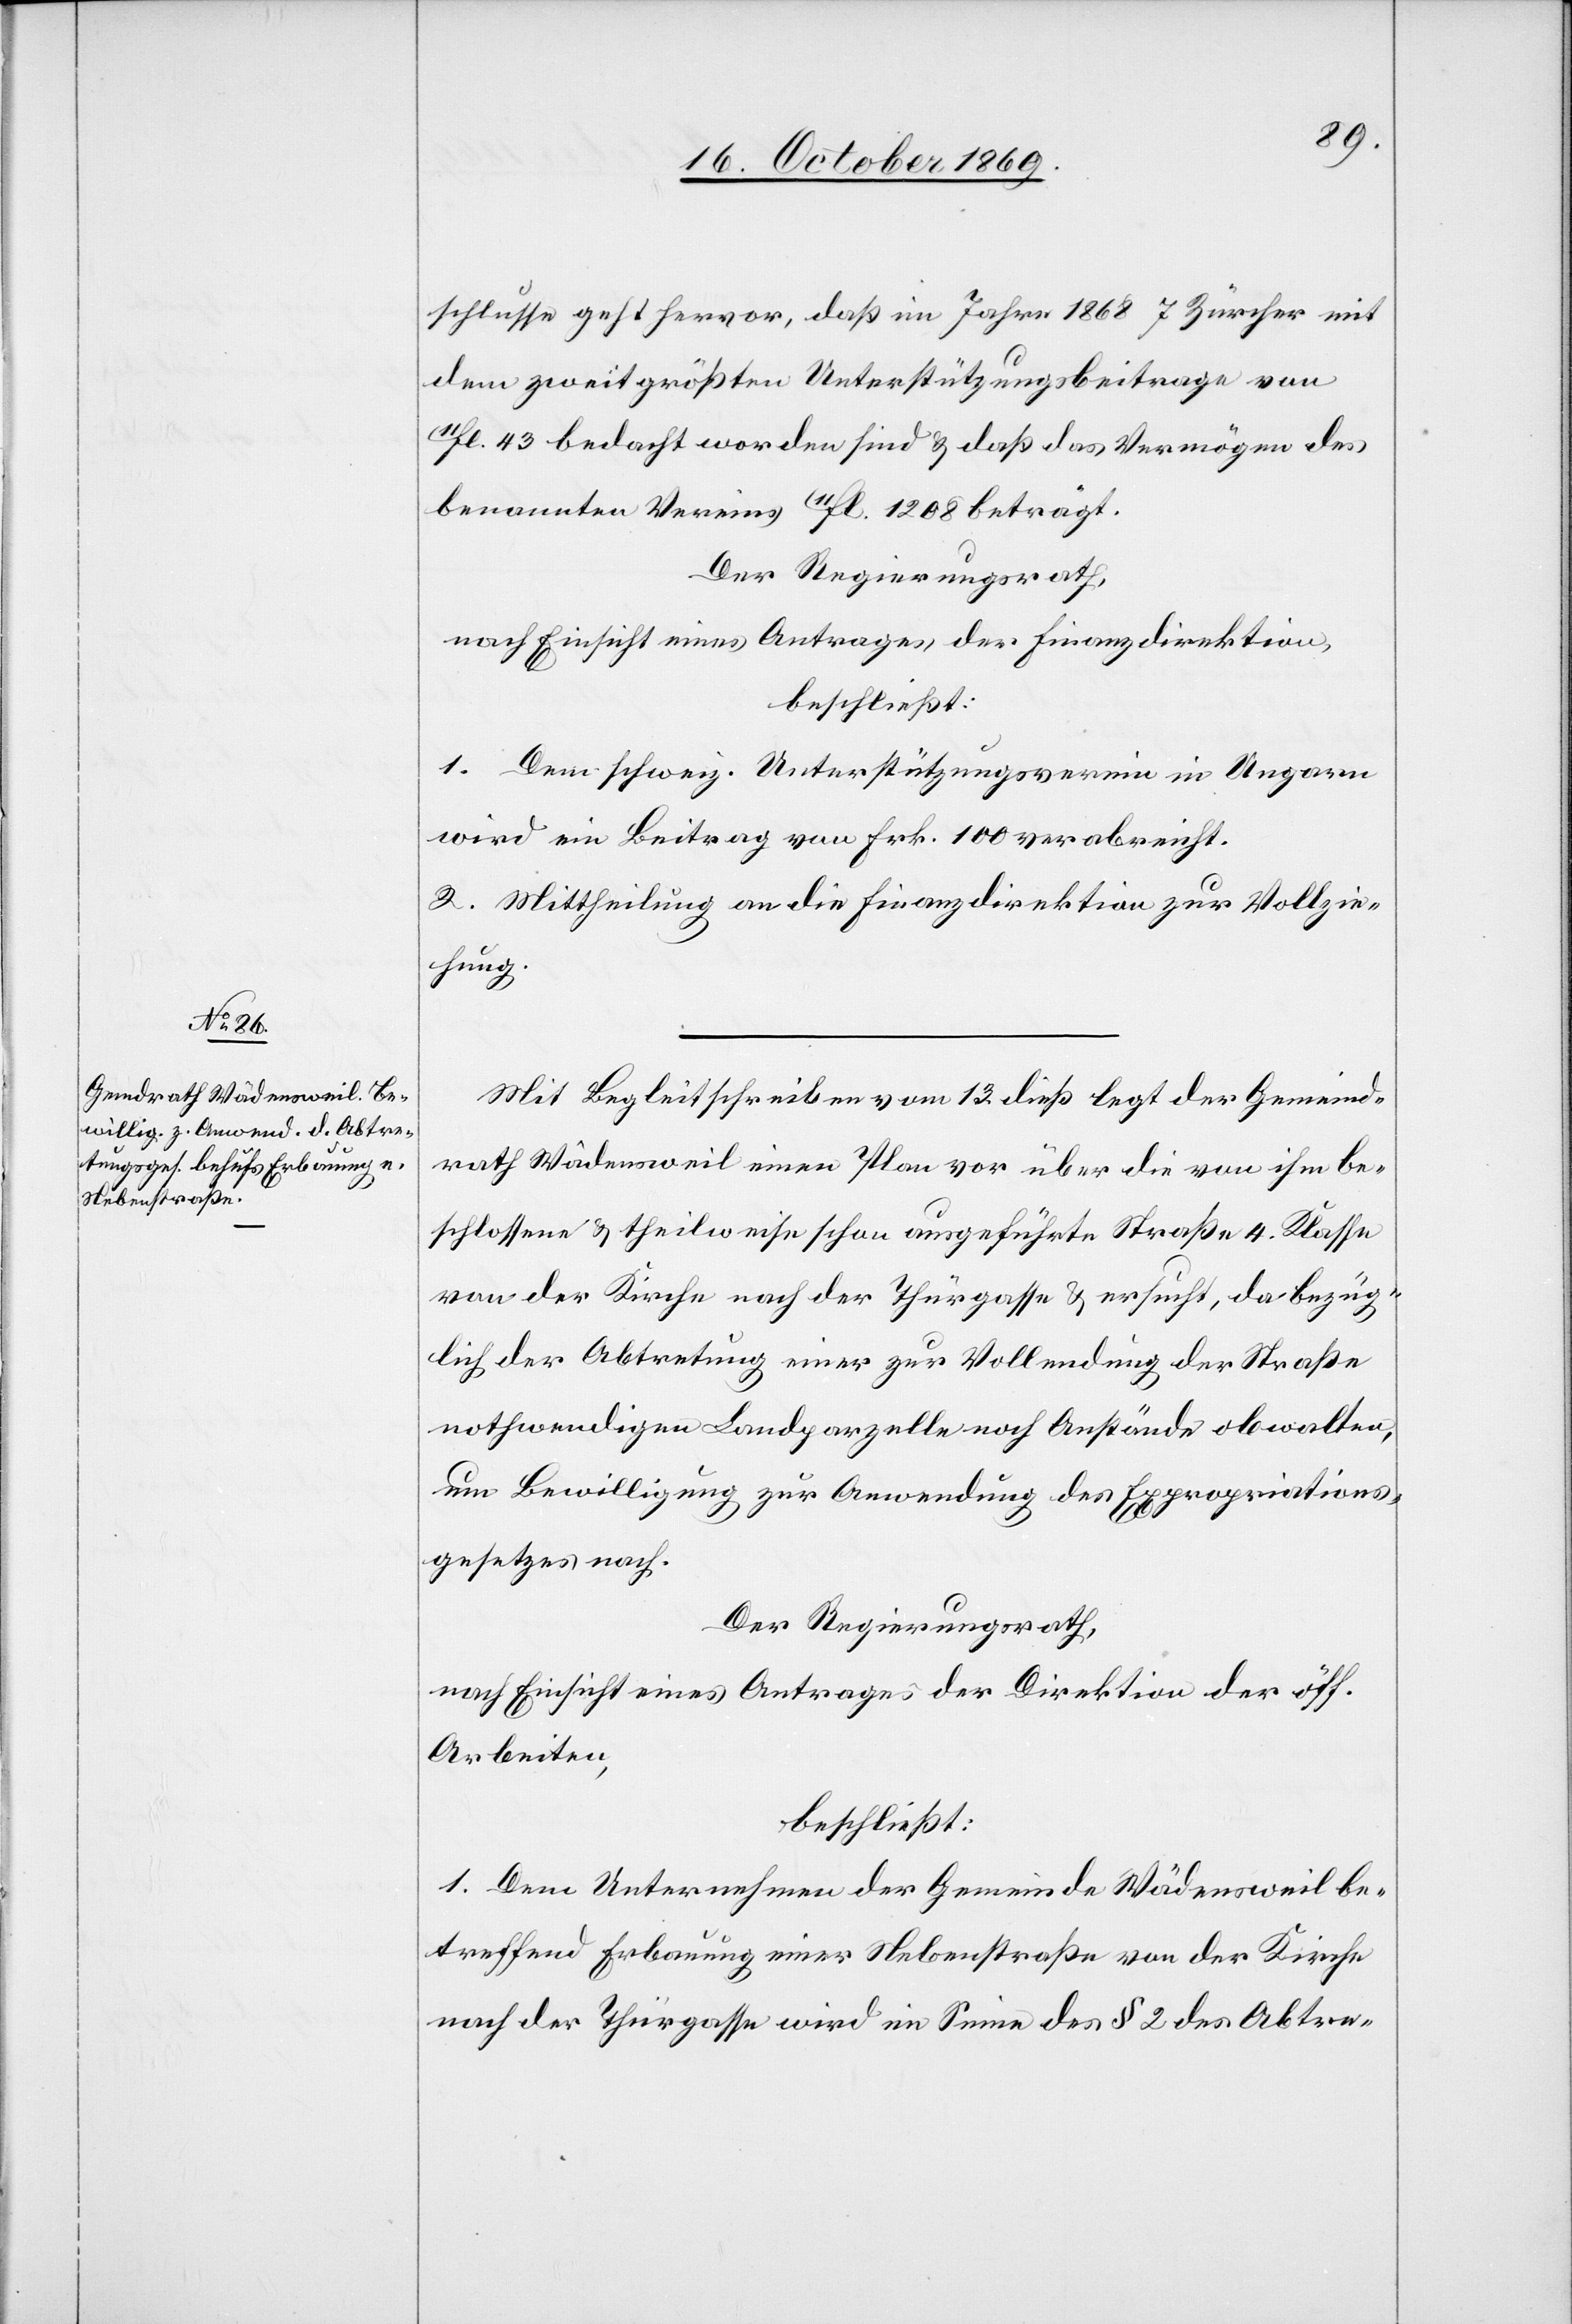
schlusse geht hervor, daß im Jahre 1868 7 Zürcher mit
dem zweitgrößten Unterstützungsbeitrage von
11fl. 43 bedacht worden sind & daß das Vermögen des
benannten Vereins 11fl. 1208 beträgt.
Der Regierungsrath,
nach Einsicht eines Antrages der Finanzdirektion,
beschließt:
1. Dem schweiz. Unterstützungsverein in Ungarn
wird ein Beitrag von Frk. 100 verabreicht.
2. Mittheilung an die Finanzdirektion zur Vollzie¬
hung.
Mit Begleitschreiben vom 13. dieß legt der Gemeind¬
rath Wädensweil einen Plan vor über die von ihm be¬
schlossene & theilweise schon ausgeführte Straße 4. Klasse
von der Kirche nach der Thürgasse & ersucht, da bezüg¬
lich der Abtretung einer zur Vollendung der Straße
nothwendigen Landparzelle noch Anstände obwalten,
um Bewilligung zur Anwendung des Expropriations¬
gesetzes nach.
Der Regierungsrath,
nach Einsicht eines Antrages der Direktion der öff.
Arbeiten,
beschließt:
1. Dem Unternehmen der Gemeinde Wädensweil be¬
treffend Erbauung einer Nebenstraße von der Kirche
nach der Thürgasse wird im Sinne des § 2 des Abtre-